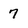
Character: 7